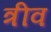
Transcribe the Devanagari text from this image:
त्रीव